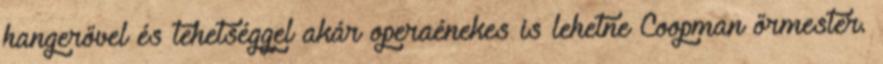
hangerővel és tehetséggel akár operaénekes is lehetne Coopman őrmester.